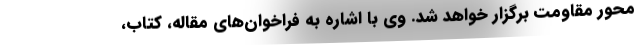
محور مقاومت برگزار خواهد شد. وی با اشاره به فراخوان‌های مقاله، کتاب،